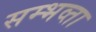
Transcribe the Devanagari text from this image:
सम्भव्ता